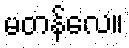
မတန်လေ။